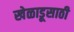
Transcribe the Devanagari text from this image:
खेळाडूसाठी